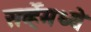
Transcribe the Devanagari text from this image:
सर्व्हेमध्ये